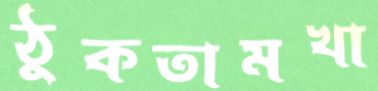
ঠুকতামখা